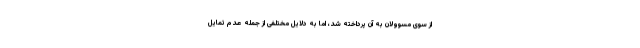
از سوی مسوولان به آن پرداخته شد، اما به دلایل مختلفی از جمله عدم تمایل